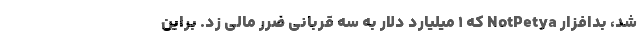
شد، بدافزار NotPetya که ۱ میلیارد دلار به سه قربانی ضرر مالی زد. براین